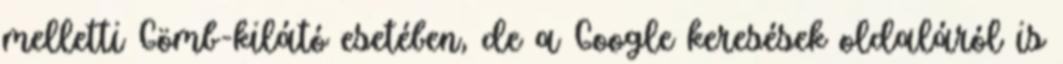
melletti Gömb-kilátó esetében, de a Google keresések oldaláról is